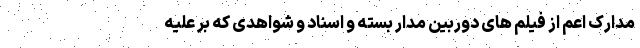
مدارک اعم از فیلم های دوربین مدار بسته و اسناد و شواهدی که بر علیه